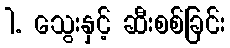
1. သွေးနှင့် ဆီးစစ်ခြင်း